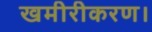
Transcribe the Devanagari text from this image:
खमीरीकरण।